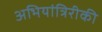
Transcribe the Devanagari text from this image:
अभियांत्रिरीकी